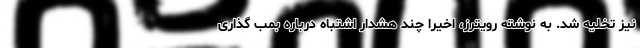
نیز تخلیه شد. به نوشته رویترز، اخیرا چند هشدار اشتباه درباره بمب گذاری